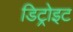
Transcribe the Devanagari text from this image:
डिट्रोइट